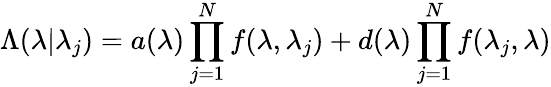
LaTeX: \Lambda(\lambda|{\lambda_{j}})=a(\lambda)\prod_{j=1}^{N}f(\lambda,\lambda_{j})+d(\lambda)\prod_{j=1}^{N}f(\lambda_{j},\lambda)